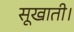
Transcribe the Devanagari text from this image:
सूखाती।